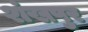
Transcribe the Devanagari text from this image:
शंखपुर